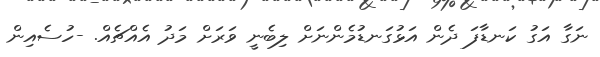
ނަގާ އަގު ކަނޑާފަ ދެން އަޅުގަނޑުމެންނަށް ލިބެނީ ވަރަށް މަދު އެއްޗެއް. -ހުސެއިން